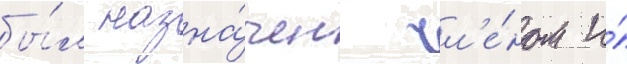
бы́л назна́чен чл'е́ном и́